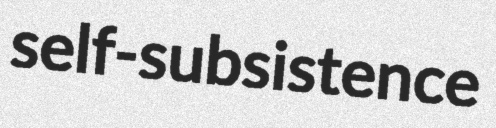
self-subsistence